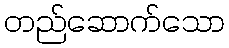
တည်ဆောက်သော